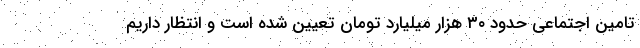
تامین اجتماعی حدود ۳۰ هزار میلیارد تومان تعیین شده است و انتظار داریم